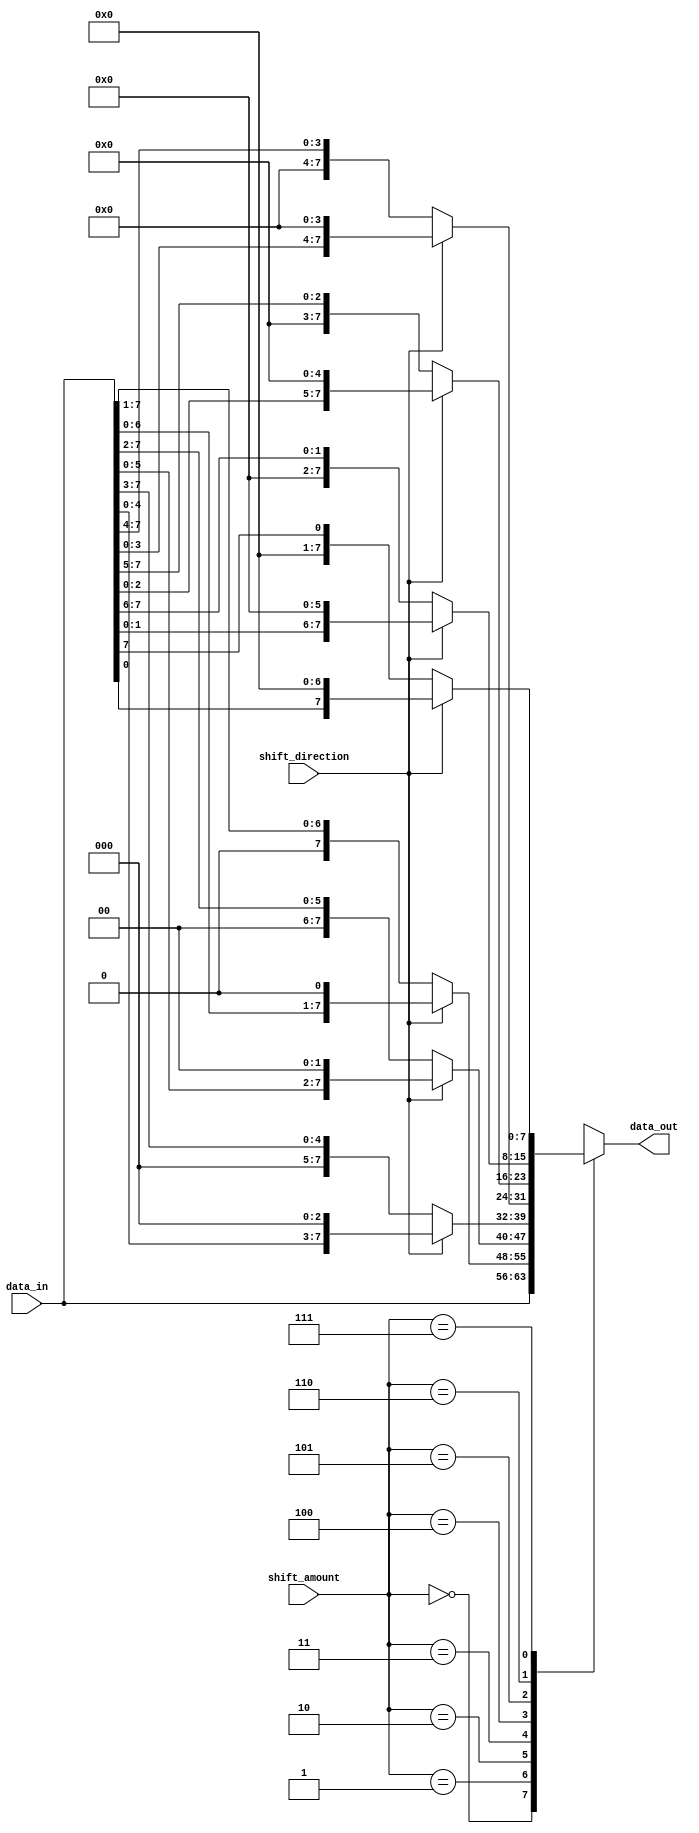
module barrel_shifter(
    input [7:0] data_in,
    input [2:0] shift_amount,
    input shift_direction, //0 for right shift, 1 for left shift
    output reg [7:0] data_out
);

reg [7:0] shifted_data;

always @(*) begin
    case(shift_amount)
        3'b000: shifted_data = data_in;
        3'b001: shifted_data = shift_direction ? data_in << 1 : data_in >> 1;
        3'b010: shifted_data = shift_direction ? data_in << 2 : data_in >> 2;
        3'b011: shifted_data = shift_direction ? data_in << 3 : data_in >> 3;
        3'b100: shifted_data = shift_direction ? data_in << 4 : data_in >> 4;
        3'b101: shifted_data = shift_direction ? data_in << 5 : data_in >> 5;
        3'b110: shifted_data = shift_direction ? data_in << 6 : data_in >> 6;
        3'b111: shifted_data = shift_direction ? data_in << 7 : data_in >> 7;
    endcase
end

assign data_out = shifted_data;

endmodule